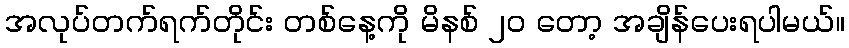
အလုပ်တက်ရက်တိုင်း တစ်နေ့ကို မိနစ် ၂၀ တော့ အချိန်ပေးရပါမယ်။